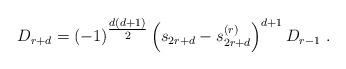
LaTeX: \begin{align*} D_{r + d} = (-1)^{{\tfrac{d(d +1)}{2}} }\left(s_{2r+d} - s_{2r+d}^{(r)}\right)^{d +1} D_{r-1} \ .\end{align*}